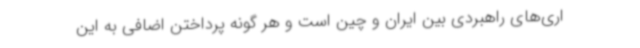
اری‌های راهبردی بین ایران و چین است و هر گونه پرداختن اضافی به این